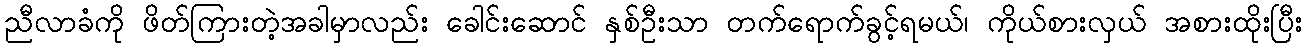
ညီလာခံကို ဖိတ်ကြားတဲ့အခါမှာလည်း ခေါင်းဆောင် နှစ်ဦးသာ တက်ရောက်ခွင့်ရမယ်၊ ကိုယ်စားလှယ် အစားထိုးပြီး